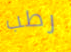
رطب